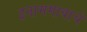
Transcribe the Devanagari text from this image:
इनामगावाचे